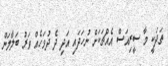
ތަދަކީ މާ ސީރިއަސް އެއްޗަކަށް ނުހަދައި އަދި ދެ ދުވަހެއް ވަރު ބަލާލަން